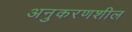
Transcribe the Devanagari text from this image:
अनुकरणशील